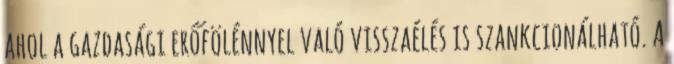
ahol a gazdasági erőfölénnyel való visszaélés is szankcionálható. A